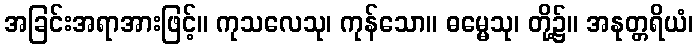
အခြင်းအရာအားဖြင့်။ ကုသလေသု၊ ကုန်သော။ ဓမ္မေသု၊ တို့၌။ အနုတ္တရိယံ၊